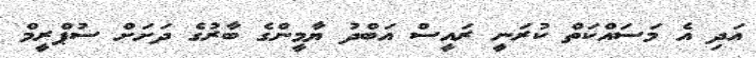
އަދި އެ މަސައްކަތް ކުރަނީ ރައީސް އަބްދު ޔާމީންގެ ބާރުގެ ދަށަށް ސުޕްރީމް